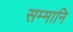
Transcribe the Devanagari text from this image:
सम्मानि